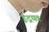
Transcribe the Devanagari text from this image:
इंद्रयव